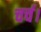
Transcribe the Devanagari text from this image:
चर्च।